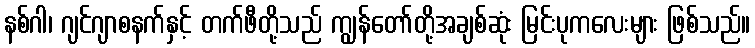
နစ်ဂါ၊ ဂျင်ဂျာစနက်နှင့် တက်ဖီတို့သည် ကျွန်တော်တို့အချစ်ဆုံး မြင်းပုကလေးများ ဖြစ်သည်။